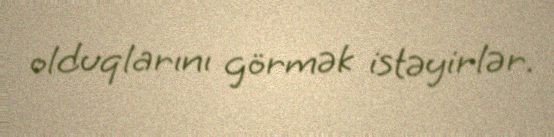
olduqlarını görmək istəyirlər.